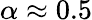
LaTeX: \alpha\approx 0.5